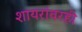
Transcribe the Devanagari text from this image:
शायरांवरही